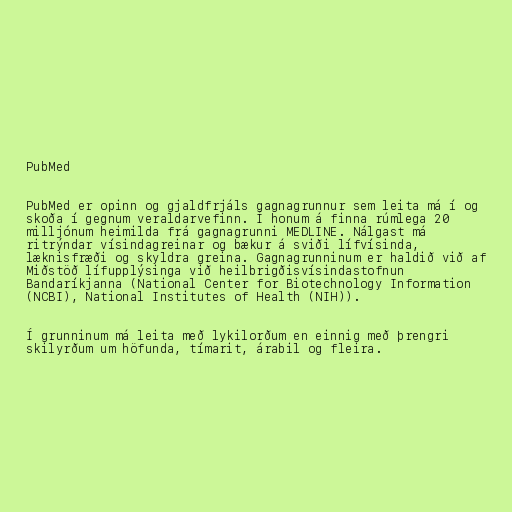
PubMed

PubMed er opinn og gjaldfrjáls gagnagrunnur sem leita má í og
skoða í gegnum veraldarvefinn. Í honum á finna rúmlega 20
milljónum heimilda frá gagnagrunni MEDLINE. Nálgast má
ritrýndar vísindagreinar og bækur á sviði lífvísinda,
læknisfræði og skyldra greina. Gagnagrunninum er haldið við af
Miðstöð lífupplýsinga við heilbrigðisvísindastofnun
Bandaríkjanna (National Center for Biotechnology Information
(NCBI), National Institutes of Health (NIH)).

Í grunninum má leita með lykilorðum en einnig með þrengri
skilyrðum um höfunda, tímarit, árabil og fleira.